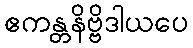
ဧကန္တနိဗ္ဗိဒါယပေ